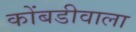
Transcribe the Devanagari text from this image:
कोंबडीवाला